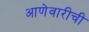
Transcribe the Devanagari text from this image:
आणेवारीची